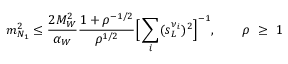
m _ { N _ { 1 } } ^ { 2 } \leq \frac { 2 M _ { W } ^ { 2 } } { \alpha _ { W } } \frac { 1 + \rho ^ { - 1 / 2 } } { \rho ^ { 1 / 2 } } \Big [ \sum _ { i } ( s _ { L } ^ { \nu _ { i } } ) ^ { 2 } \Big ] ^ { - 1 } , \qquad \rho \ \geq \ 1